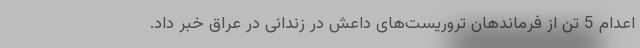
اعدام 5 تن از فرماندهان تروریست‌های داعش در زندانی در عراق خبر داد.